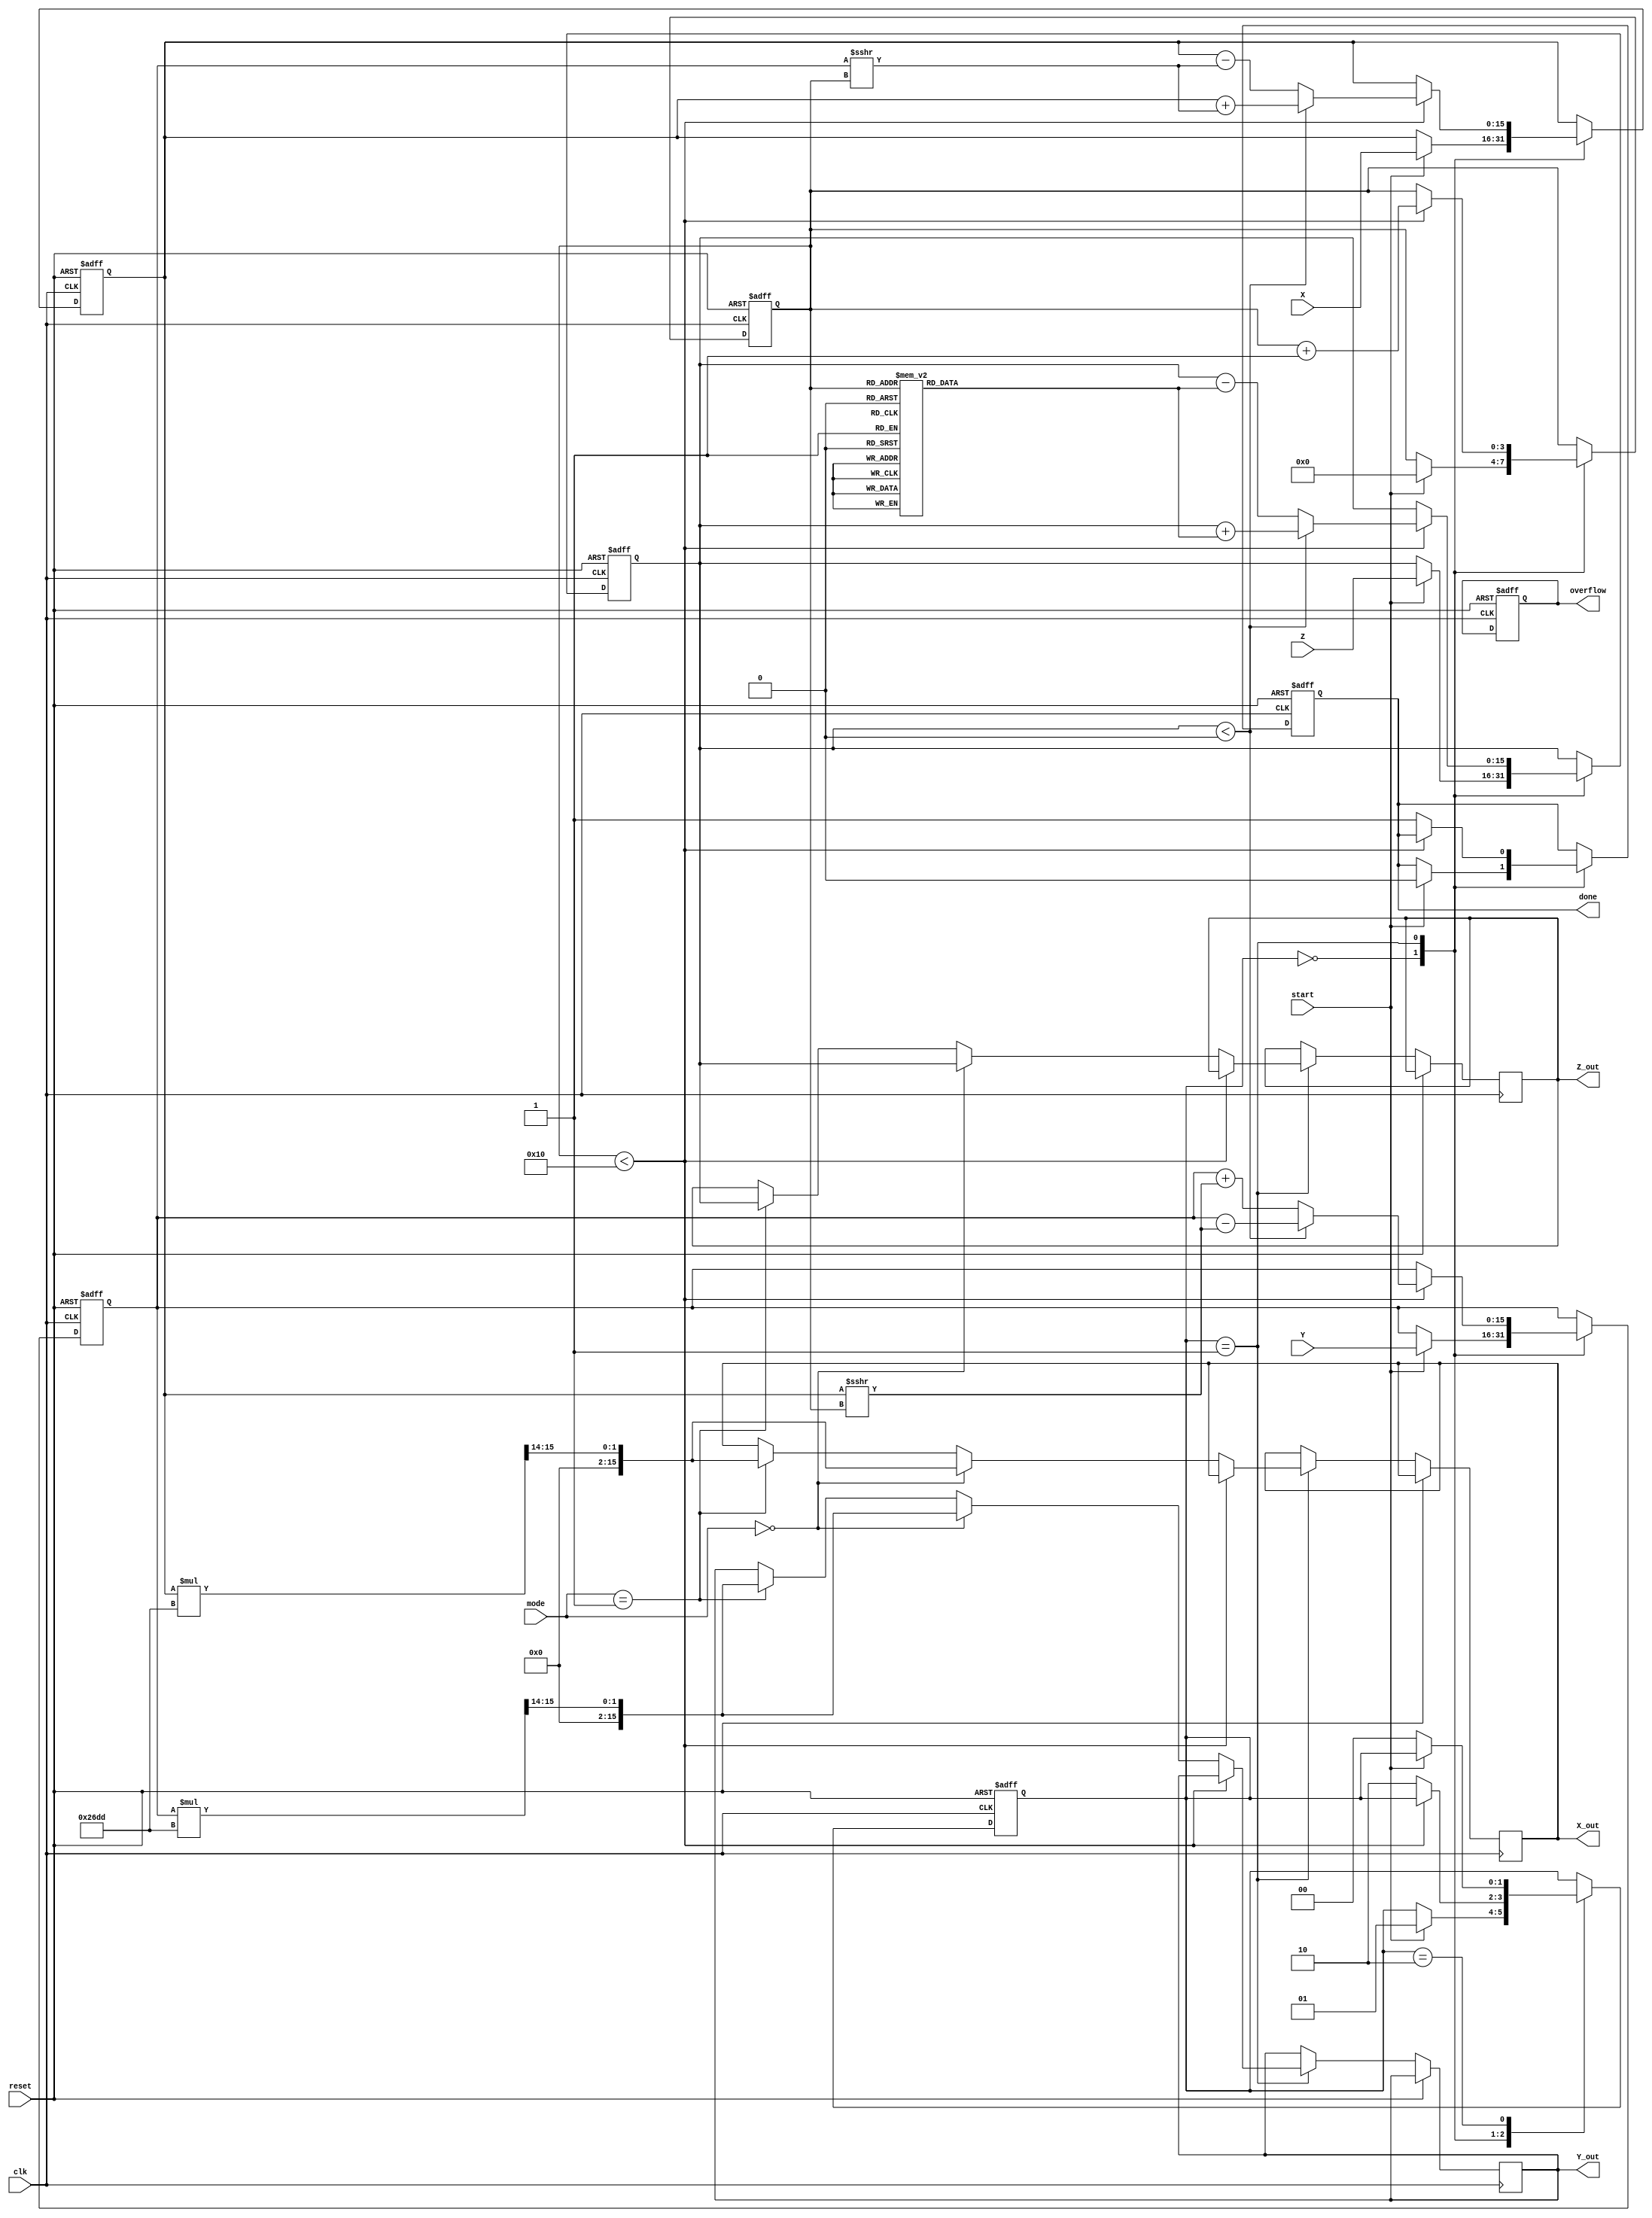
module cordic_fixed_point #(
    parameter WIDTH = 16,       // Bit-width for fixed-point representation
    parameter ITERATIONS = 16   // Number of CORDIC iterations
)(
    input wire clk,             // Clock signal
    input wire reset,           // Reset signal
    input wire start,           // Start operation signal
    input wire [WIDTH-1:0] X,   // Input X coordinate
    input wire [WIDTH-1:0] Y,   // Input Y coordinate
    input wire [WIDTH-1:0] Z,   // Input angle (in radians)
    input wire [2:0] mode,      // Operation mode (rotation, vectoring, hyperbolic)
    output reg [WIDTH-1:0] X_out, // Output X coordinate
    output reg [WIDTH-1:0] Y_out, // Output Y coordinate
    output reg [WIDTH-1:0] Z_out, // Output angle
    output reg done,            // Operation done flag
    output reg overflow         // Overflow flag
);

    // CORDIC gain factor
    localparam [WIDTH-1:0] K = 16'h26DD; // Example fixed-point gain factor (0.607)

    // CORDIC angle lookup table
    reg [WIDTH-1:0] atan_table [0:ITERATIONS-1];
    initial begin
        // Precomputed arctangent values (in fixed-point format)
        atan_table[0] = 16'h2000; // atan(2^-0)
        atan_table[1] = 16'h1000; // atan(2^-1)
        atan_table[2] = 16'h0800; // atan(2^-2)
        atan_table[3] = 16'h0400; // atan(2^-3)
        // Add more values as needed
    end

    // Internal registers
    reg [WIDTH-1:0] x_reg, y_reg, z_reg;
    reg [3:0] iteration;
    reg [1:0] state;

    // State encoding
    localparam IDLE = 2'b00,
               RUN  = 2'b01,
               DONE = 2'b10;

    // CORDIC main processing
    always @(posedge clk or posedge reset) begin
        if (reset) begin
            x_reg <= 0;
            y_reg <= 0;
            z_reg <= 0;
            iteration <= 0;
            state <= IDLE;
            done <= 0;
            overflow <= 0;
        end else begin
            case (state)
                IDLE: begin
                    if (start) begin
                        x_reg <= X;
                        y_reg <= Y;
                        z_reg <= Z;
                        iteration <= 0;
                        done <= 0;
                        state <= RUN;
                    end
                end

                RUN: begin
                    if (iteration < ITERATIONS) begin
                        // CORDIC iteration logic
                        if (z_reg < 0) begin
                            // Rotate clockwise
                            x_reg <= x_reg + (y_reg >>> iteration);
                            y_reg <= y_reg - (x_reg >>> iteration);
                            z_reg <= z_reg + atan_table[iteration];
                        end else begin
                            // Rotate counter-clockwise
                            x_reg <= x_reg - (y_reg >>> iteration);
                            y_reg <= y_reg + (x_reg >>> iteration);
                            z_reg <= z_reg - atan_table[iteration];
                        end
                        iteration <= iteration + 1;
                    end else begin
                        // Scaling
                        if (mode == 3'b000) begin // Rotation mode
                            X_out <= x_reg * K >>> 14; // Scale output
                            Y_out <= y_reg * K >>> 14; // Scale output
                            Z_out <= z_reg;
                        end else if (mode == 3'b001) begin // Vectoring mode
                            // Compute angle and magnitude
                            X_out <= (x_reg * K >>> 14);
                            Y_out <= (y_reg * K >>> 14);
                            Z_out <= z_reg; // Angle
                        end else if (mode == 3'b010) begin // Hyperbolic mode
                            // Hyperbolic calculations (not implemented in this example)
                        end
                        done <= 1;
                        state <= DONE;
                    end
                end

                DONE: begin
                    if (!start) begin
                        state <= IDLE; // Go back to IDLE on start signal low
                    end
                end
            endcase
        end
    end

endmodule